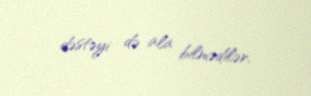
dəstəyi də ala bilmədilər.